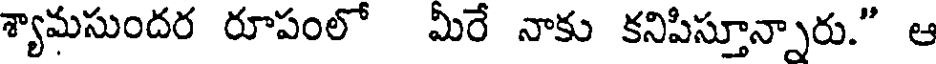
శ్యామసుందర రూపంలో మీరే నాకు కనిపిస్తూన్నారు." ఆ